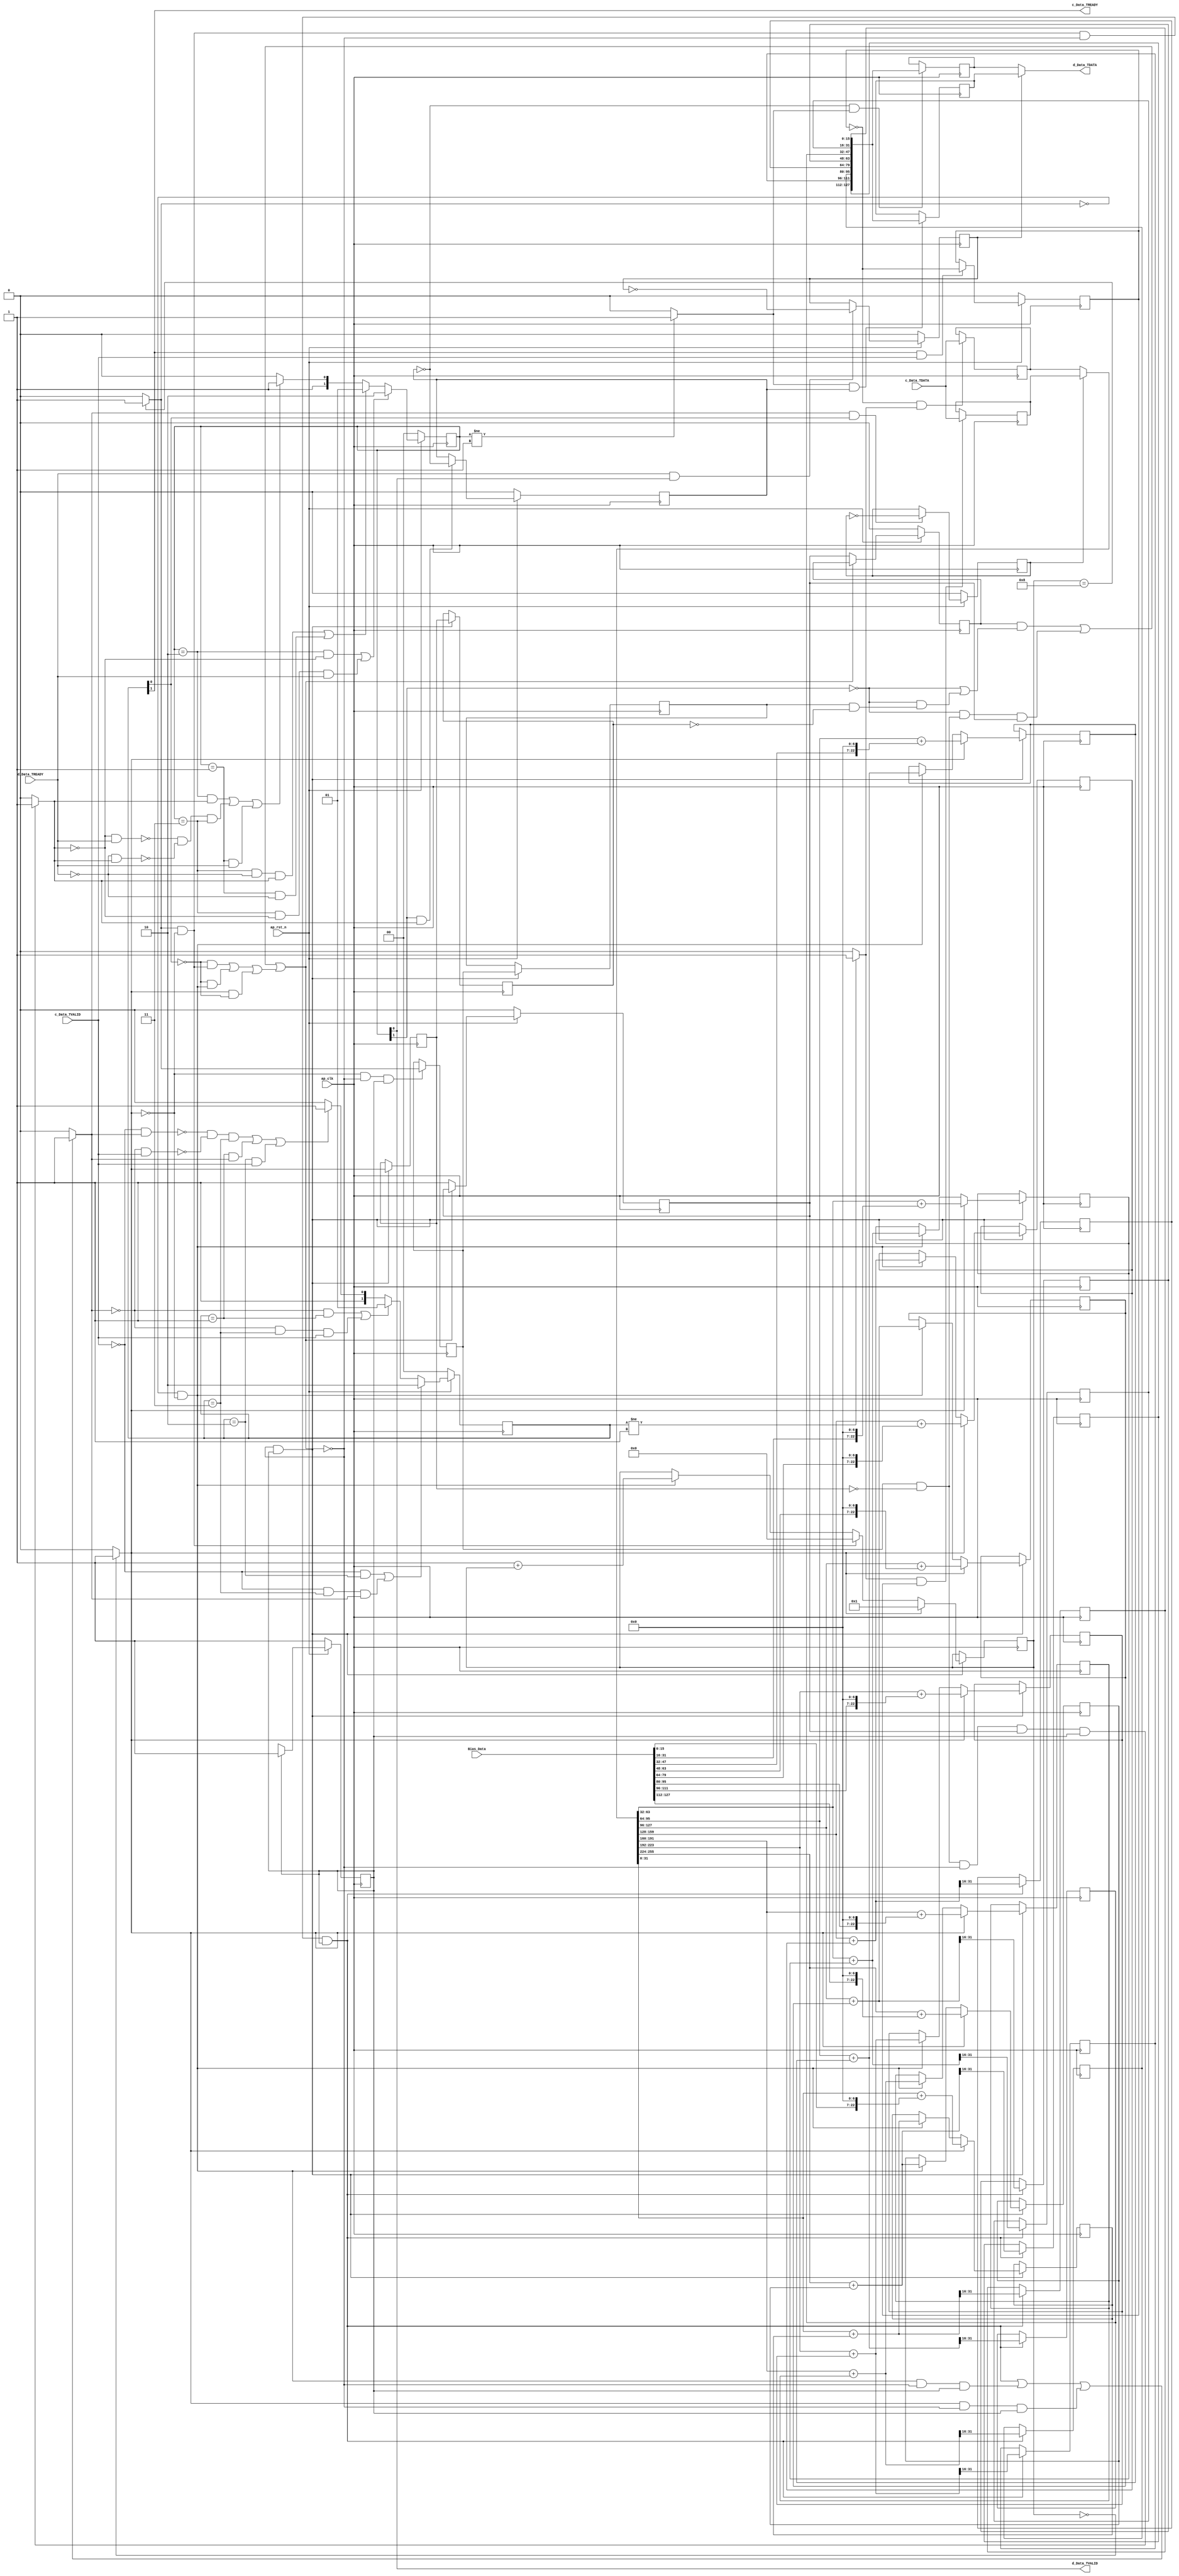
// ==============================================================
// RTL generated by Vivado(TM) HLS - High-Level Synthesis from C, C++ and SystemC
// Version: 2018.3
// Copyright (C) 1986-2018 Xilinx, Inc. All Rights Reserved.
// 
// ===========================================================

`timescale 1 ns / 1 ps 

(* CORE_GENERATION_INFO="ACC_Array_1x8,hls_ip_2018_3,{HLS_INPUT_TYPE=cxx,HLS_INPUT_FLOAT=0,HLS_INPUT_FIXED=0,HLS_INPUT_PART=xazu3eg-sfvc784-1-i,HLS_INPUT_CLOCK=10.000000,HLS_INPUT_ARCH=pipeline,HLS_SYN_CLOCK=2.091750,HLS_SYN_LAT=2,HLS_SYN_TPT=1,HLS_SYN_MEM=0,HLS_SYN_DSP=0,HLS_SYN_FF=1175,HLS_SYN_LUT=1004,HLS_VERSION=2018_3}" *)

module ACC_Array_1x8 (
        ap_clk,
        ap_rst_n,
        c_Data_TDATA,
        c_Data_TVALID,
        c_Data_TREADY,
        Bias_Data,
        d_Data_TDATA,
        d_Data_TVALID,
        d_Data_TREADY
);

parameter    ap_ST_fsm_pp0_stage0 = 1'd1;

input   ap_clk;
input   ap_rst_n;
input  [255:0] c_Data_TDATA;
input   c_Data_TVALID;
output   c_Data_TREADY;
input  [127:0] Bias_Data;
output  [127:0] d_Data_TDATA;
output   d_Data_TVALID;
input   d_Data_TREADY;

 reg    ap_rst_n_inv;
reg   [255:0] c_Data_0_data_out;
wire    c_Data_0_vld_in;
wire    c_Data_0_vld_out;
wire    c_Data_0_ack_in;
reg    c_Data_0_ack_out;
reg   [255:0] c_Data_0_payload_A;
reg   [255:0] c_Data_0_payload_B;
reg    c_Data_0_sel_rd;
reg    c_Data_0_sel_wr;
wire    c_Data_0_sel;
wire    c_Data_0_load_A;
wire    c_Data_0_load_B;
reg   [1:0] c_Data_0_state;
wire    c_Data_0_state_cmp_full;
reg   [127:0] d_Data_1_data_out;
reg    d_Data_1_vld_in;
wire    d_Data_1_vld_out;
wire    d_Data_1_ack_in;
wire    d_Data_1_ack_out;
reg   [127:0] d_Data_1_payload_A;
reg   [127:0] d_Data_1_payload_B;
reg    d_Data_1_sel_rd;
reg    d_Data_1_sel_wr;
wire    d_Data_1_sel;
wire    d_Data_1_load_A;
wire    d_Data_1_load_B;
reg   [1:0] d_Data_1_state;
wire    d_Data_1_state_cmp_full;
reg   [7:0] cnt;
reg   [31:0] d_t_0;
reg   [31:0] d_t_1;
reg   [31:0] d_t_2;
reg   [31:0] d_t_3;
reg   [31:0] d_t_4;
reg   [31:0] d_t_5;
reg   [31:0] d_t_6;
reg   [31:0] d_t_7;
reg    c_Data_TDATA_blk_n;
(* fsm_encoding = "none" *) reg   [0:0] ap_CS_fsm;
wire    ap_CS_fsm_pp0_stage0;
wire    ap_block_pp0_stage0;
wire   [0:0] tmp_fu_260_p2;
wire   [0:0] tmp_1_fu_305_p2;
reg    d_Data_TDATA_blk_n;
reg    ap_enable_reg_pp0_iter1;
reg   [0:0] tmp_reg_766;
reg   [0:0] tmp_1_reg_770;
reg    ap_enable_reg_pp0_iter2;
reg   [0:0] tmp_reg_766_pp0_iter1_reg;
reg   [0:0] tmp_1_reg_770_pp0_iter1_reg;
reg    ap_predicate_op18_read_state1;
reg    ap_predicate_op46_read_state1;
reg    ap_block_state1_pp0_stage0_iter0;
wire    ap_block_state2_pp0_stage0_iter1;
reg    ap_predicate_op122_write_state2;
reg    ap_block_state2_io;
reg    ap_block_state3_pp0_stage0_iter2;
reg    ap_predicate_op132_write_state3;
reg    ap_block_state3_io;
reg    ap_block_pp0_stage0_11001;
reg   [15:0] tmp_s_reg_774;
reg   [15:0] tmp_1_45_reg_779;
reg   [15:0] tmp_2_46_reg_784;
reg   [15:0] tmp_3_47_reg_789;
reg   [15:0] tmp_4_48_reg_794;
reg   [15:0] tmp_5_49_reg_799;
reg   [15:0] tmp_6_reg_804;
reg   [15:0] tmp_7_50_reg_809;
wire   [127:0] tmp_29_fu_753_p9;
reg    ap_block_pp0_stage0_subdone;
wire   [7:0] tmp_6_51_fu_369_p2;
wire   [31:0] tmp_39_fu_315_p2;
wire   [31:0] tmp_3_fu_497_p2;
wire   [31:0] grp_fu_161_p2;
wire   [31:0] tmp_5_1_fu_531_p2;
wire   [31:0] grp_fu_176_p2;
wire   [31:0] tmp_5_2_fu_565_p2;
wire   [31:0] grp_fu_191_p2;
wire   [31:0] tmp_5_3_fu_599_p2;
wire   [31:0] grp_fu_206_p2;
wire   [31:0] tmp_5_4_fu_633_p2;
wire   [31:0] grp_fu_221_p2;
wire   [31:0] tmp_5_5_fu_667_p2;
wire   [31:0] grp_fu_236_p2;
wire   [31:0] tmp_5_6_fu_701_p2;
wire   [31:0] grp_fu_251_p2;
wire   [31:0] tmp_5_7_fu_735_p2;
reg    ap_block_pp0_stage0_01001;
wire   [31:0] grp_fu_151_p4;
wire   [31:0] grp_fu_166_p4;
wire   [31:0] grp_fu_181_p4;
wire   [31:0] grp_fu_196_p4;
wire   [31:0] grp_fu_211_p4;
wire   [31:0] grp_fu_226_p4;
wire   [31:0] grp_fu_241_p4;
wire   [31:0] tmp_38_fu_311_p1;
wire   [31:0] tmp_21_fu_387_p1;
wire   [31:0] tmp_30_fu_391_p2;
wire   [15:0] tmp_2_fu_477_p1;
wire   [22:0] tmp_4_fu_481_p3;
wire   [31:0] tmp_5_fu_493_p1;
wire  signed [31:0] tmp_4_cast_fu_489_p1;
wire   [15:0] tmp_7_fu_509_p4;
wire   [22:0] tmp_4_1_fu_519_p3;
wire  signed [31:0] tmp_4_1_cast_fu_527_p1;
wire   [15:0] tmp_9_fu_543_p4;
wire   [22:0] tmp_4_2_fu_553_p3;
wire  signed [31:0] tmp_4_2_cast_fu_561_p1;
wire   [15:0] tmp_11_fu_577_p4;
wire   [22:0] tmp_4_3_fu_587_p3;
wire  signed [31:0] tmp_4_3_cast_fu_595_p1;
wire   [15:0] tmp_13_fu_611_p4;
wire   [22:0] tmp_4_4_fu_621_p3;
wire  signed [31:0] tmp_4_4_cast_fu_629_p1;
wire   [15:0] tmp_15_fu_645_p4;
wire   [22:0] tmp_4_5_fu_655_p3;
wire  signed [31:0] tmp_4_5_cast_fu_663_p1;
wire   [15:0] tmp_17_fu_679_p4;
wire   [22:0] tmp_4_6_fu_689_p3;
wire  signed [31:0] tmp_4_6_cast_fu_697_p1;
wire   [15:0] tmp_19_fu_713_p4;
wire   [22:0] tmp_4_7_fu_723_p3;
wire  signed [31:0] tmp_4_7_cast_fu_731_p1;
reg   [0:0] ap_NS_fsm;
wire    ap_reset_idle_pp0;
reg    ap_idle_pp0;
wire    ap_enable_pp0;
reg    ap_condition_256;

// power-on initialization
initial begin
#0 c_Data_0_sel_rd = 1'b0;
#0 c_Data_0_sel_wr = 1'b0;
#0 c_Data_0_state = 2'd0;
#0 d_Data_1_sel_rd = 1'b0;
#0 d_Data_1_sel_wr = 1'b0;
#0 d_Data_1_state = 2'd0;
#0 cnt = 8'd0;
#0 d_t_0 = 32'd0;
#0 d_t_1 = 32'd0;
#0 d_t_2 = 32'd0;
#0 d_t_3 = 32'd0;
#0 d_t_4 = 32'd0;
#0 d_t_5 = 32'd0;
#0 d_t_6 = 32'd0;
#0 d_t_7 = 32'd0;
#0 ap_CS_fsm = 1'd1;
#0 ap_enable_reg_pp0_iter1 = 1'b0;
#0 ap_enable_reg_pp0_iter2 = 1'b0;
end

always @ (posedge ap_clk) begin
    if (ap_rst_n_inv == 1'b1) begin
        ap_CS_fsm <= ap_ST_fsm_pp0_stage0;
    end else begin
        ap_CS_fsm <= ap_NS_fsm;
    end
end

always @ (posedge ap_clk) begin
    if (ap_rst_n_inv == 1'b1) begin
        ap_enable_reg_pp0_iter1 <= 1'b0;
    end else begin
        if ((1'b0 == ap_block_pp0_stage0_subdone)) begin
            ap_enable_reg_pp0_iter1 <= 1'b1;
        end
    end
end

always @ (posedge ap_clk) begin
    if (ap_rst_n_inv == 1'b1) begin
        ap_enable_reg_pp0_iter2 <= 1'b0;
    end else begin
        if ((1'b0 == ap_block_pp0_stage0_subdone)) begin
            ap_enable_reg_pp0_iter2 <= ap_enable_reg_pp0_iter1;
        end
    end
end

always @ (posedge ap_clk) begin
    if (ap_rst_n_inv == 1'b1) begin
        c_Data_0_sel_rd <= 1'b0;
    end else begin
        if (((c_Data_0_ack_out == 1'b1) & (c_Data_0_vld_out == 1'b1))) begin
            c_Data_0_sel_rd <= ~c_Data_0_sel_rd;
        end
    end
end

always @ (posedge ap_clk) begin
    if (ap_rst_n_inv == 1'b1) begin
        c_Data_0_sel_wr <= 1'b0;
    end else begin
        if (((c_Data_0_ack_in == 1'b1) & (c_Data_0_vld_in == 1'b1))) begin
            c_Data_0_sel_wr <= ~c_Data_0_sel_wr;
        end
    end
end

always @ (posedge ap_clk) begin
    if (ap_rst_n_inv == 1'b1) begin
        c_Data_0_state <= 2'd0;
    end else begin
        if ((((c_Data_0_vld_in == 1'b0) & (c_Data_0_state == 2'd2)) | ((c_Data_0_vld_in == 1'b0) & (c_Data_0_state == 2'd3) & (c_Data_0_ack_out == 1'b1)))) begin
            c_Data_0_state <= 2'd2;
        end else if ((((c_Data_0_ack_out == 1'b0) & (c_Data_0_state == 2'd1)) | ((c_Data_0_ack_out == 1'b0) & (c_Data_0_state == 2'd3) & (c_Data_0_vld_in == 1'b1)))) begin
            c_Data_0_state <= 2'd1;
        end else if (((~((c_Data_0_vld_in == 1'b0) & (c_Data_0_ack_out == 1'b1)) & ~((c_Data_0_ack_out == 1'b0) & (c_Data_0_vld_in == 1'b1)) & (c_Data_0_state == 2'd3)) | ((c_Data_0_state == 2'd1) & (c_Data_0_ack_out == 1'b1)) | ((c_Data_0_state == 2'd2) & (c_Data_0_vld_in == 1'b1)))) begin
            c_Data_0_state <= 2'd3;
        end else begin
            c_Data_0_state <= 2'd2;
        end
    end
end

always @ (posedge ap_clk) begin
    if (ap_rst_n_inv == 1'b1) begin
        d_Data_1_sel_rd <= 1'b0;
    end else begin
        if (((d_Data_1_ack_out == 1'b1) & (d_Data_1_vld_out == 1'b1))) begin
            d_Data_1_sel_rd <= ~d_Data_1_sel_rd;
        end
    end
end

always @ (posedge ap_clk) begin
    if (ap_rst_n_inv == 1'b1) begin
        d_Data_1_sel_wr <= 1'b0;
    end else begin
        if (((d_Data_1_ack_in == 1'b1) & (d_Data_1_vld_in == 1'b1))) begin
            d_Data_1_sel_wr <= ~d_Data_1_sel_wr;
        end
    end
end

always @ (posedge ap_clk) begin
    if (ap_rst_n_inv == 1'b1) begin
        d_Data_1_state <= 2'd0;
    end else begin
        if ((((d_Data_1_state == 2'd2) & (d_Data_1_vld_in == 1'b0)) | ((d_Data_1_state == 2'd3) & (d_Data_1_vld_in == 1'b0) & (d_Data_1_ack_out == 1'b1)))) begin
            d_Data_1_state <= 2'd2;
        end else if ((((d_Data_1_state == 2'd3) & (d_Data_1_ack_out == 1'b0) & (d_Data_1_vld_in == 1'b1)) | ((d_Data_1_state == 2'd1) & (d_Data_1_ack_out == 1'b0)))) begin
            d_Data_1_state <= 2'd1;
        end else if ((((d_Data_1_state == 2'd2) & (d_Data_1_vld_in == 1'b1)) | (~((d_Data_1_vld_in == 1'b0) & (d_Data_1_ack_out == 1'b1)) & ~((d_Data_1_ack_out == 1'b0) & (d_Data_1_vld_in == 1'b1)) & (d_Data_1_state == 2'd3)) | ((d_Data_1_state == 2'd1) & (d_Data_1_ack_out == 1'b1)))) begin
            d_Data_1_state <= 2'd3;
        end else begin
            d_Data_1_state <= 2'd2;
        end
    end
end

always @ (posedge ap_clk) begin
    if ((1'b1 == ap_condition_256)) begin
        if ((tmp_fu_260_p2 == 1'd1)) begin
            cnt <= 8'd1;
        end else if (((tmp_1_fu_305_p2 == 1'd1) & (tmp_fu_260_p2 == 1'd0))) begin
            cnt <= 8'd0;
        end else if (((tmp_1_fu_305_p2 == 1'd0) & (tmp_fu_260_p2 == 1'd0))) begin
            cnt <= tmp_6_51_fu_369_p2;
        end
    end
end

always @ (posedge ap_clk) begin
    if ((1'b1 == ap_condition_256)) begin
        if ((tmp_fu_260_p2 == 1'd1)) begin
            d_t_0 <= tmp_3_fu_497_p2;
        end else if (((tmp_1_fu_305_p2 == 1'd0) & (tmp_fu_260_p2 == 1'd0))) begin
            d_t_0 <= tmp_39_fu_315_p2;
        end
    end
end

always @ (posedge ap_clk) begin
    if ((1'b1 == ap_condition_256)) begin
        if ((tmp_fu_260_p2 == 1'd1)) begin
            d_t_1 <= tmp_5_1_fu_531_p2;
        end else if (((tmp_1_fu_305_p2 == 1'd0) & (tmp_fu_260_p2 == 1'd0))) begin
            d_t_1 <= grp_fu_161_p2;
        end
    end
end

always @ (posedge ap_clk) begin
    if ((1'b1 == ap_condition_256)) begin
        if ((tmp_fu_260_p2 == 1'd1)) begin
            d_t_2 <= tmp_5_2_fu_565_p2;
        end else if (((tmp_1_fu_305_p2 == 1'd0) & (tmp_fu_260_p2 == 1'd0))) begin
            d_t_2 <= grp_fu_176_p2;
        end
    end
end

always @ (posedge ap_clk) begin
    if ((1'b1 == ap_condition_256)) begin
        if ((tmp_fu_260_p2 == 1'd1)) begin
            d_t_3 <= tmp_5_3_fu_599_p2;
        end else if (((tmp_1_fu_305_p2 == 1'd0) & (tmp_fu_260_p2 == 1'd0))) begin
            d_t_3 <= grp_fu_191_p2;
        end
    end
end

always @ (posedge ap_clk) begin
    if ((1'b1 == ap_condition_256)) begin
        if ((tmp_fu_260_p2 == 1'd1)) begin
            d_t_4 <= tmp_5_4_fu_633_p2;
        end else if (((tmp_1_fu_305_p2 == 1'd0) & (tmp_fu_260_p2 == 1'd0))) begin
            d_t_4 <= grp_fu_206_p2;
        end
    end
end

always @ (posedge ap_clk) begin
    if ((1'b1 == ap_condition_256)) begin
        if ((tmp_fu_260_p2 == 1'd1)) begin
            d_t_5 <= tmp_5_5_fu_667_p2;
        end else if (((tmp_1_fu_305_p2 == 1'd0) & (tmp_fu_260_p2 == 1'd0))) begin
            d_t_5 <= grp_fu_221_p2;
        end
    end
end

always @ (posedge ap_clk) begin
    if ((1'b1 == ap_condition_256)) begin
        if ((tmp_fu_260_p2 == 1'd1)) begin
            d_t_6 <= tmp_5_6_fu_701_p2;
        end else if (((tmp_1_fu_305_p2 == 1'd0) & (tmp_fu_260_p2 == 1'd0))) begin
            d_t_6 <= grp_fu_236_p2;
        end
    end
end

always @ (posedge ap_clk) begin
    if ((1'b1 == ap_condition_256)) begin
        if ((tmp_fu_260_p2 == 1'd1)) begin
            d_t_7 <= tmp_5_7_fu_735_p2;
        end else if (((tmp_1_fu_305_p2 == 1'd0) & (tmp_fu_260_p2 == 1'd0))) begin
            d_t_7 <= grp_fu_251_p2;
        end
    end
end

always @ (posedge ap_clk) begin
    if ((c_Data_0_load_A == 1'b1)) begin
        c_Data_0_payload_A <= c_Data_TDATA;
    end
end

always @ (posedge ap_clk) begin
    if ((c_Data_0_load_B == 1'b1)) begin
        c_Data_0_payload_B <= c_Data_TDATA;
    end
end

always @ (posedge ap_clk) begin
    if ((d_Data_1_load_A == 1'b1)) begin
        d_Data_1_payload_A <= tmp_29_fu_753_p9;
    end
end

always @ (posedge ap_clk) begin
    if ((d_Data_1_load_B == 1'b1)) begin
        d_Data_1_payload_B <= tmp_29_fu_753_p9;
    end
end

always @ (posedge ap_clk) begin
    if (((tmp_1_fu_305_p2 == 1'd1) & (tmp_fu_260_p2 == 1'd0) & (1'b0 == ap_block_pp0_stage0_11001) & (1'b1 == ap_CS_fsm_pp0_stage0))) begin
        tmp_1_45_reg_779 <= {{grp_fu_161_p2[31:16]}};
        tmp_2_46_reg_784 <= {{grp_fu_176_p2[31:16]}};
        tmp_3_47_reg_789 <= {{grp_fu_191_p2[31:16]}};
        tmp_4_48_reg_794 <= {{grp_fu_206_p2[31:16]}};
        tmp_5_49_reg_799 <= {{grp_fu_221_p2[31:16]}};
        tmp_6_reg_804 <= {{grp_fu_236_p2[31:16]}};
        tmp_7_50_reg_809 <= {{grp_fu_251_p2[31:16]}};
        tmp_s_reg_774 <= {{tmp_30_fu_391_p2[31:16]}};
    end
end

always @ (posedge ap_clk) begin
    if (((tmp_fu_260_p2 == 1'd0) & (1'b0 == ap_block_pp0_stage0_11001) & (1'b1 == ap_CS_fsm_pp0_stage0))) begin
        tmp_1_reg_770 <= tmp_1_fu_305_p2;
    end
end

always @ (posedge ap_clk) begin
    if (((1'b0 == ap_block_pp0_stage0_11001) & (1'b1 == ap_CS_fsm_pp0_stage0))) begin
        tmp_1_reg_770_pp0_iter1_reg <= tmp_1_reg_770;
        tmp_reg_766 <= tmp_fu_260_p2;
        tmp_reg_766_pp0_iter1_reg <= tmp_reg_766;
    end
end

always @ (*) begin
    if (((ap_enable_reg_pp0_iter2 == 1'b0) & (ap_enable_reg_pp0_iter1 == 1'b0) & (1'b1 == 1'b0))) begin
        ap_idle_pp0 = 1'b1;
    end else begin
        ap_idle_pp0 = 1'b0;
    end
end

assign ap_reset_idle_pp0 = 1'b0;

always @ (*) begin
    if ((((ap_predicate_op46_read_state1 == 1'b1) & (1'b0 == ap_block_pp0_stage0_11001) & (1'b1 == 1'b1) & (1'b1 == ap_CS_fsm_pp0_stage0)) | ((ap_predicate_op18_read_state1 == 1'b1) & (1'b0 == ap_block_pp0_stage0_11001) & (1'b1 == 1'b1) & (1'b1 == ap_CS_fsm_pp0_stage0)) | ((tmp_fu_260_p2 == 1'd1) & (1'b0 == ap_block_pp0_stage0_11001) & (1'b1 == 1'b1) & (1'b1 == ap_CS_fsm_pp0_stage0)))) begin
        c_Data_0_ack_out = 1'b1;
    end else begin
        c_Data_0_ack_out = 1'b0;
    end
end

always @ (*) begin
    if ((c_Data_0_sel == 1'b1)) begin
        c_Data_0_data_out = c_Data_0_payload_B;
    end else begin
        c_Data_0_data_out = c_Data_0_payload_A;
    end
end

always @ (*) begin
    if ((((tmp_1_fu_305_p2 == 1'd0) & (tmp_fu_260_p2 == 1'd0) & (1'b1 == 1'b1) & (1'b1 == ap_CS_fsm_pp0_stage0) & (1'b0 == ap_block_pp0_stage0)) | ((tmp_1_fu_305_p2 == 1'd1) & (tmp_fu_260_p2 == 1'd0) & (1'b1 == 1'b1) & (1'b1 == ap_CS_fsm_pp0_stage0) & (1'b0 == ap_block_pp0_stage0)) | ((tmp_fu_260_p2 == 1'd1) & (1'b1 == 1'b1) & (1'b1 == ap_CS_fsm_pp0_stage0) & (1'b0 == ap_block_pp0_stage0)))) begin
        c_Data_TDATA_blk_n = c_Data_0_state[1'd0];
    end else begin
        c_Data_TDATA_blk_n = 1'b1;
    end
end

always @ (*) begin
    if ((d_Data_1_sel == 1'b1)) begin
        d_Data_1_data_out = d_Data_1_payload_B;
    end else begin
        d_Data_1_data_out = d_Data_1_payload_A;
    end
end

always @ (*) begin
    if (((ap_predicate_op122_write_state2 == 1'b1) & (1'b0 == ap_block_pp0_stage0_11001) & (ap_enable_reg_pp0_iter1 == 1'b1) & (1'b1 == ap_CS_fsm_pp0_stage0))) begin
        d_Data_1_vld_in = 1'b1;
    end else begin
        d_Data_1_vld_in = 1'b0;
    end
end

always @ (*) begin
    if ((((tmp_1_reg_770_pp0_iter1_reg == 1'd1) & (tmp_reg_766_pp0_iter1_reg == 1'd0) & (ap_enable_reg_pp0_iter2 == 1'b1) & (1'b0 == ap_block_pp0_stage0)) | ((tmp_1_reg_770 == 1'd1) & (tmp_reg_766 == 1'd0) & (ap_enable_reg_pp0_iter1 == 1'b1) & (1'b1 == ap_CS_fsm_pp0_stage0) & (1'b0 == ap_block_pp0_stage0)))) begin
        d_Data_TDATA_blk_n = d_Data_1_state[1'd1];
    end else begin
        d_Data_TDATA_blk_n = 1'b1;
    end
end

always @ (*) begin
    case (ap_CS_fsm)
        ap_ST_fsm_pp0_stage0 : begin
            ap_NS_fsm = ap_ST_fsm_pp0_stage0;
        end
        default : begin
            ap_NS_fsm = 'bx;
        end
    endcase
end

assign ap_CS_fsm_pp0_stage0 = ap_CS_fsm[32'd0];

assign ap_block_pp0_stage0 = ~(1'b1 == 1'b1);

always @ (*) begin
    ap_block_pp0_stage0_01001 = (((d_Data_1_ack_in == 1'b0) & (ap_enable_reg_pp0_iter2 == 1'b1)) | ((1'b1 == 1'b1) & (((c_Data_0_vld_out == 1'b0) & (ap_predicate_op46_read_state1 == 1'b1)) | ((c_Data_0_vld_out == 1'b0) & (ap_predicate_op18_read_state1 == 1'b1)) | ((tmp_fu_260_p2 == 1'd1) & (c_Data_0_vld_out == 1'b0)))));
end

always @ (*) begin
    ap_block_pp0_stage0_11001 = (((ap_enable_reg_pp0_iter2 == 1'b1) & ((d_Data_1_ack_in == 1'b0) | (1'b1 == ap_block_state3_io))) | ((1'b1 == ap_block_state2_io) & (ap_enable_reg_pp0_iter1 == 1'b1)) | ((1'b1 == 1'b1) & (((c_Data_0_vld_out == 1'b0) & (ap_predicate_op46_read_state1 == 1'b1)) | ((c_Data_0_vld_out == 1'b0) & (ap_predicate_op18_read_state1 == 1'b1)) | ((tmp_fu_260_p2 == 1'd1) & (c_Data_0_vld_out == 1'b0)))));
end

always @ (*) begin
    ap_block_pp0_stage0_subdone = (((ap_enable_reg_pp0_iter2 == 1'b1) & ((d_Data_1_ack_in == 1'b0) | (1'b1 == ap_block_state3_io))) | ((1'b1 == ap_block_state2_io) & (ap_enable_reg_pp0_iter1 == 1'b1)) | ((1'b1 == 1'b1) & (((c_Data_0_vld_out == 1'b0) & (ap_predicate_op46_read_state1 == 1'b1)) | ((c_Data_0_vld_out == 1'b0) & (ap_predicate_op18_read_state1 == 1'b1)) | ((tmp_fu_260_p2 == 1'd1) & (c_Data_0_vld_out == 1'b0)))));
end

always @ (*) begin
    ap_block_state1_pp0_stage0_iter0 = (((c_Data_0_vld_out == 1'b0) & (ap_predicate_op46_read_state1 == 1'b1)) | ((c_Data_0_vld_out == 1'b0) & (ap_predicate_op18_read_state1 == 1'b1)) | ((tmp_fu_260_p2 == 1'd1) & (c_Data_0_vld_out == 1'b0)));
end

always @ (*) begin
    ap_block_state2_io = ((d_Data_1_ack_in == 1'b0) & (ap_predicate_op122_write_state2 == 1'b1));
end

assign ap_block_state2_pp0_stage0_iter1 = ~(1'b1 == 1'b1);

always @ (*) begin
    ap_block_state3_io = ((d_Data_1_ack_in == 1'b0) & (ap_predicate_op132_write_state3 == 1'b1));
end

always @ (*) begin
    ap_block_state3_pp0_stage0_iter2 = (d_Data_1_ack_in == 1'b0);
end

always @ (*) begin
    ap_condition_256 = ((1'b0 == ap_block_pp0_stage0_11001) & (1'b1 == 1'b1) & (1'b1 == ap_CS_fsm_pp0_stage0));
end

assign ap_enable_pp0 = (ap_idle_pp0 ^ 1'b1);

always @ (*) begin
    ap_predicate_op122_write_state2 = ((tmp_1_reg_770 == 1'd1) & (tmp_reg_766 == 1'd0));
end

always @ (*) begin
    ap_predicate_op132_write_state3 = ((tmp_1_reg_770_pp0_iter1_reg == 1'd1) & (tmp_reg_766_pp0_iter1_reg == 1'd0));
end

always @ (*) begin
    ap_predicate_op18_read_state1 = ((tmp_1_fu_305_p2 == 1'd0) & (tmp_fu_260_p2 == 1'd0));
end

always @ (*) begin
    ap_predicate_op46_read_state1 = ((tmp_1_fu_305_p2 == 1'd1) & (tmp_fu_260_p2 == 1'd0));
end

always @ (*) begin
    ap_rst_n_inv = ~ap_rst_n;
end

assign c_Data_0_ack_in = c_Data_0_state[1'd1];

assign c_Data_0_load_A = (~c_Data_0_sel_wr & c_Data_0_state_cmp_full);

assign c_Data_0_load_B = (c_Data_0_state_cmp_full & c_Data_0_sel_wr);

assign c_Data_0_sel = c_Data_0_sel_rd;

assign c_Data_0_state_cmp_full = ((c_Data_0_state != 2'd1) ? 1'b1 : 1'b0);

assign c_Data_0_vld_in = c_Data_TVALID;

assign c_Data_0_vld_out = c_Data_0_state[1'd0];

assign c_Data_TREADY = c_Data_0_state[1'd1];

assign d_Data_1_ack_in = d_Data_1_state[1'd1];

assign d_Data_1_ack_out = d_Data_TREADY;

assign d_Data_1_load_A = (~d_Data_1_sel_wr & d_Data_1_state_cmp_full);

assign d_Data_1_load_B = (d_Data_1_state_cmp_full & d_Data_1_sel_wr);

assign d_Data_1_sel = d_Data_1_sel_rd;

assign d_Data_1_state_cmp_full = ((d_Data_1_state != 2'd1) ? 1'b1 : 1'b0);

assign d_Data_1_vld_out = d_Data_1_state[1'd0];

assign d_Data_TDATA = d_Data_1_data_out;

assign d_Data_TVALID = d_Data_1_state[1'd0];

assign grp_fu_151_p4 = {{c_Data_0_data_out[63:32]}};

assign grp_fu_161_p2 = (grp_fu_151_p4 + d_t_1);

assign grp_fu_166_p4 = {{c_Data_0_data_out[95:64]}};

assign grp_fu_176_p2 = (grp_fu_166_p4 + d_t_2);

assign grp_fu_181_p4 = {{c_Data_0_data_out[127:96]}};

assign grp_fu_191_p2 = (grp_fu_181_p4 + d_t_3);

assign grp_fu_196_p4 = {{c_Data_0_data_out[159:128]}};

assign grp_fu_206_p2 = (grp_fu_196_p4 + d_t_4);

assign grp_fu_211_p4 = {{c_Data_0_data_out[191:160]}};

assign grp_fu_221_p2 = (grp_fu_211_p4 + d_t_5);

assign grp_fu_226_p4 = {{c_Data_0_data_out[223:192]}};

assign grp_fu_236_p2 = (grp_fu_226_p4 + d_t_6);

assign grp_fu_241_p4 = {{c_Data_0_data_out[255:224]}};

assign grp_fu_251_p2 = (grp_fu_241_p4 + d_t_7);

assign tmp_11_fu_577_p4 = {{Bias_Data[63:48]}};

assign tmp_13_fu_611_p4 = {{Bias_Data[79:64]}};

assign tmp_15_fu_645_p4 = {{Bias_Data[95:80]}};

assign tmp_17_fu_679_p4 = {{Bias_Data[111:96]}};

assign tmp_19_fu_713_p4 = {{Bias_Data[127:112]}};

assign tmp_1_fu_305_p2 = ((cnt == 8'd8) ? 1'b1 : 1'b0);

assign tmp_21_fu_387_p1 = c_Data_0_data_out[31:0];

assign tmp_29_fu_753_p9 = {{{{{{{{tmp_7_50_reg_809}, {tmp_6_reg_804}}, {tmp_5_49_reg_799}}, {tmp_4_48_reg_794}}, {tmp_3_47_reg_789}}, {tmp_2_46_reg_784}}, {tmp_1_45_reg_779}}, {tmp_s_reg_774}};

assign tmp_2_fu_477_p1 = Bias_Data[15:0];

assign tmp_30_fu_391_p2 = (tmp_21_fu_387_p1 + d_t_0);

assign tmp_38_fu_311_p1 = c_Data_0_data_out[31:0];

assign tmp_39_fu_315_p2 = (tmp_38_fu_311_p1 + d_t_0);

assign tmp_3_fu_497_p2 = ($signed(tmp_5_fu_493_p1) + $signed(tmp_4_cast_fu_489_p1));

assign tmp_4_1_cast_fu_527_p1 = $signed(tmp_4_1_fu_519_p3);

assign tmp_4_1_fu_519_p3 = {{tmp_7_fu_509_p4}, {7'd0}};

assign tmp_4_2_cast_fu_561_p1 = $signed(tmp_4_2_fu_553_p3);

assign tmp_4_2_fu_553_p3 = {{tmp_9_fu_543_p4}, {7'd0}};

assign tmp_4_3_cast_fu_595_p1 = $signed(tmp_4_3_fu_587_p3);

assign tmp_4_3_fu_587_p3 = {{tmp_11_fu_577_p4}, {7'd0}};

assign tmp_4_4_cast_fu_629_p1 = $signed(tmp_4_4_fu_621_p3);

assign tmp_4_4_fu_621_p3 = {{tmp_13_fu_611_p4}, {7'd0}};

assign tmp_4_5_cast_fu_663_p1 = $signed(tmp_4_5_fu_655_p3);

assign tmp_4_5_fu_655_p3 = {{tmp_15_fu_645_p4}, {7'd0}};

assign tmp_4_6_cast_fu_697_p1 = $signed(tmp_4_6_fu_689_p3);

assign tmp_4_6_fu_689_p3 = {{tmp_17_fu_679_p4}, {7'd0}};

assign tmp_4_7_cast_fu_731_p1 = $signed(tmp_4_7_fu_723_p3);

assign tmp_4_7_fu_723_p3 = {{tmp_19_fu_713_p4}, {7'd0}};

assign tmp_4_cast_fu_489_p1 = $signed(tmp_4_fu_481_p3);

assign tmp_4_fu_481_p3 = {{tmp_2_fu_477_p1}, {7'd0}};

assign tmp_5_1_fu_531_p2 = ($signed(grp_fu_151_p4) + $signed(tmp_4_1_cast_fu_527_p1));

assign tmp_5_2_fu_565_p2 = ($signed(grp_fu_166_p4) + $signed(tmp_4_2_cast_fu_561_p1));

assign tmp_5_3_fu_599_p2 = ($signed(grp_fu_181_p4) + $signed(tmp_4_3_cast_fu_595_p1));

assign tmp_5_4_fu_633_p2 = ($signed(grp_fu_196_p4) + $signed(tmp_4_4_cast_fu_629_p1));

assign tmp_5_5_fu_667_p2 = ($signed(grp_fu_211_p4) + $signed(tmp_4_5_cast_fu_663_p1));

assign tmp_5_6_fu_701_p2 = ($signed(grp_fu_226_p4) + $signed(tmp_4_6_cast_fu_697_p1));

assign tmp_5_7_fu_735_p2 = ($signed(grp_fu_241_p4) + $signed(tmp_4_7_cast_fu_731_p1));

assign tmp_5_fu_493_p1 = c_Data_0_data_out[31:0];

assign tmp_6_51_fu_369_p2 = (8'd1 + cnt);

assign tmp_7_fu_509_p4 = {{Bias_Data[31:16]}};

assign tmp_9_fu_543_p4 = {{Bias_Data[47:32]}};

assign tmp_fu_260_p2 = ((cnt == 8'd0) ? 1'b1 : 1'b0);

endmodule //ACC_Array_1x8